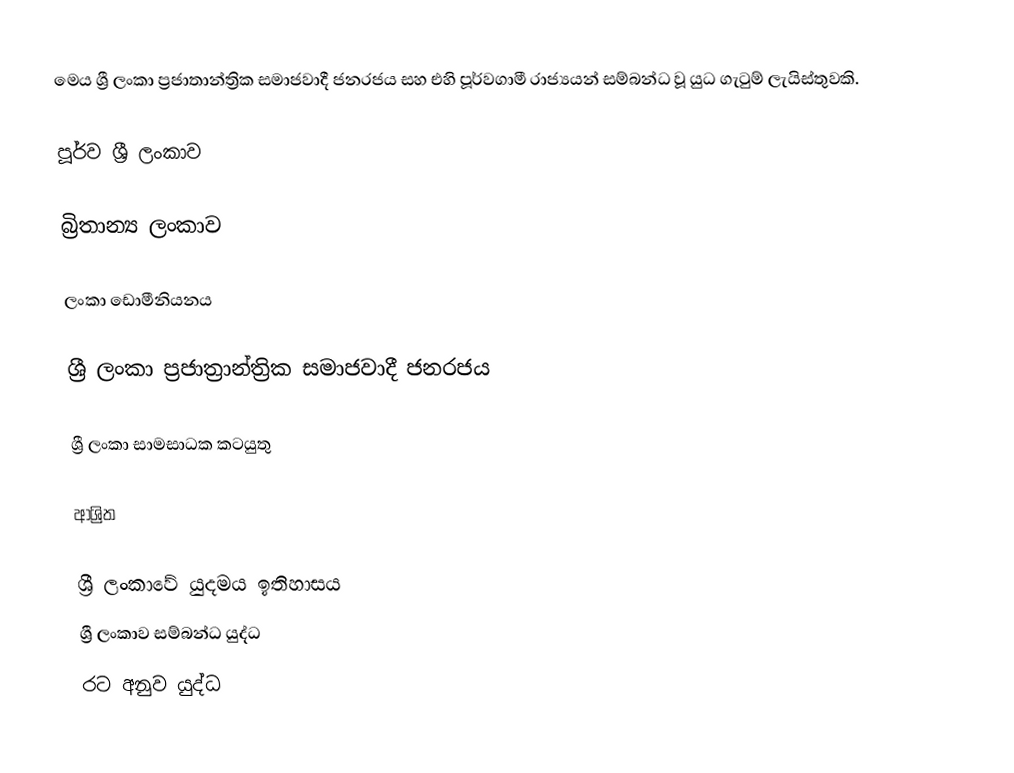
මෙය ශ්‍රී ලංකා ප්‍රජාතාන්ත්‍රික සමාජවාදී ජනරජය සහ එහි පූර්වගාමී රාජ්‍යයන් සම්බන්ධ වූ යුධ ගැටුම් ලැයිස්තුවකි.

පූර්ව ශ්‍රී ලංකාව

බ්‍රිතාන්‍ය ලංකාව

ලංකා ඩොමීනියනය

ශ්‍රී ලංකා ප්‍රජාත්‍රාන්ත්‍රික සමාජවාදී ජනරජය

ශ්‍රී ලංකා සාමසාධක කටයුතු

ආශ්‍රිත

ශ්‍රී ලංකාවේ යුදමය ඉතිහාසය
ශ්‍රී ලංකාව සම්බන්ධ යුද්ධ
රට අනුව යුද්ධ